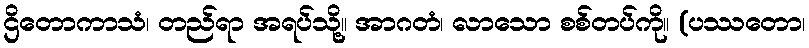
ဌိတောကာသံ၊ တည်ရာ အရပ်သို့။ အာဂတံ၊ လာသော စစ်တပ်ကို။ (ပဿတော၊